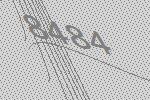
8484